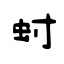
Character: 蚹